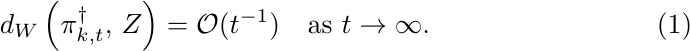
\begin{equation}
\label{eq:Steinrate}
d_W \left( \pi^\dagger_{k,t}, \, Z \right) = \mathcal{O} (t^{-1}) \quad \mbox{as } t \to \infty.
\end{equation}